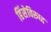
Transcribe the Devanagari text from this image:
हिंसेविरुध्द